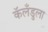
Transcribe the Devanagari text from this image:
कॅलँडुला